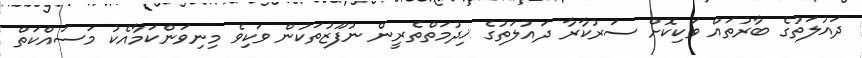
ދައުލަތުގެ ބާރުތައް ވަކިކޮށް ސަރުކާރާ ދައުލަތުގެ ޚިދުމަތްތެރީން ނުފޫޒުތަކުން ވަކިވެ މިނިވަންކަމާއެކު މަސައްކަތް